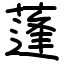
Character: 蓬